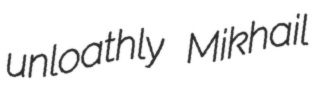
unloathly Mikhail